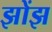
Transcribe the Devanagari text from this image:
झोंझ